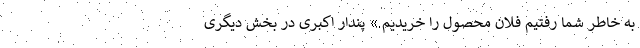
به خاطر شما رفتیم فلان محصول را خریدیم.» پندار اکبری در بخش دیگری